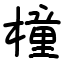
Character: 橦